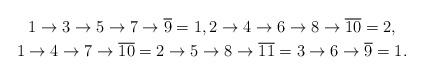
LaTeX: \begin{gather*} 1 \rightarrow 3 \rightarrow 5 \rightarrow 7 \rightarrow \overline{9}=1, 2 \rightarrow 4 \rightarrow 6 \rightarrow 8 \rightarrow \overline{10}=2, \\1 \rightarrow 4 \rightarrow 7 \rightarrow \overline{10}=2 \rightarrow 5\rightarrow 8 \rightarrow \overline{11}=3 \rightarrow 6 \rightarrow \overline{9}=1.\end{gather*}